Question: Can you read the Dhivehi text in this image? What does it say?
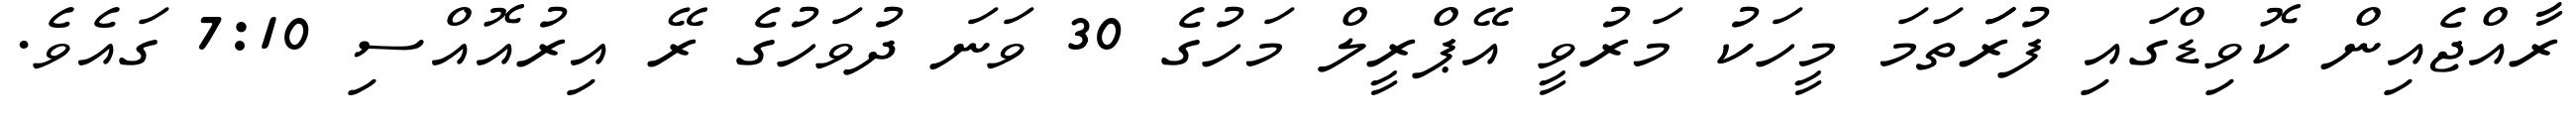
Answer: ރާއްޖެއިން ކޮވިޑްގައި ފުރަަަތަމަ މީހަކު މަރުވީ އޭޕްރީލް މަހުގެ 30 ވަނަ ދުވަހުގެ ރޭ އިރުއޮއްސި 7:10 ގައެވެ.